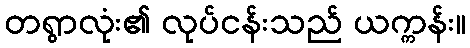
တရွာလုံး၏ လုပ်ငန်းသည် ယက္ကန်း။